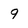
Character: 9